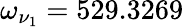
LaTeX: \omega_{\nu_{1}}=529.3269